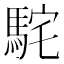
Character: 𩢵